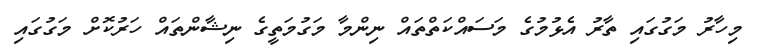
މިހާރު މަގުގައި ތާރު އެޅުމުގެ މަސައްކަތްތައް ނިންމާ މަގުމަތީގެ ނިޝާންތައް ހަރުކޮށް މަގުގައި